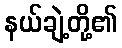
နယ်ချဲ့တို့၏